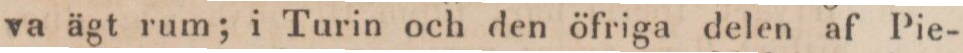
va ägt rum; i Turin och den öfriga delen af Pie-